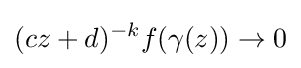
(cz+d)^{-k}f(\gamma (z))\to 0